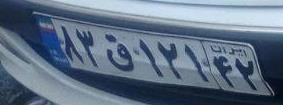
۸۳ق۱۲۱۴۲